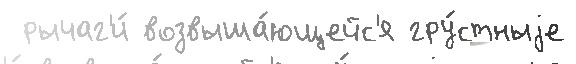
 рычаг'и́ возвыша́ющейс'я гру́стныjе